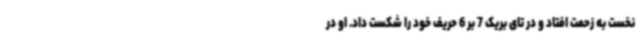
نخست به زحمت افتاد و در تای بریک 7 بر 6 حریف خود را شکست داد. او در